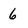
Character: 6